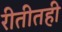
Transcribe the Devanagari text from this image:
रीतीतही